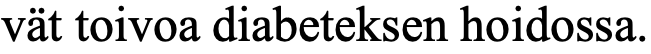
vät toivoa diabeteksen hoidossa.